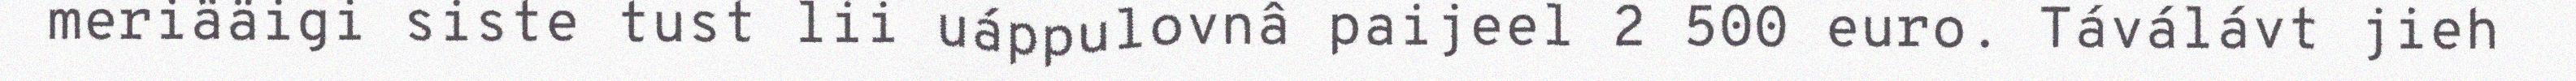
meriääigi siste tust lii uáppulovnâ paijeel 2 500 euro. Táválávt jieh